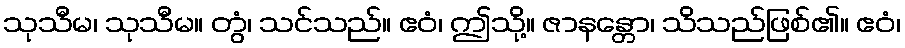
သုသီမ၊ သုသီမ။ တွံ၊ သင်သည်။ ဧဝံ၊ ဤသို့။ ဇာနန္တော၊ သိသည်ဖြစ်၏။ ဧဝံ၊